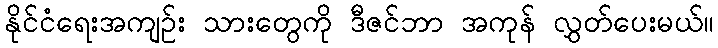
နိုင်ငံရေးအကျဉ်း သားတွေကို ဒီဇင်ဘာ အကုန် လွှတ်ပေးမယ်။